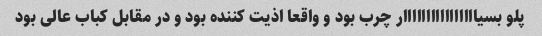
پلو بسیاااااااااااااااار چرب بود و واقعا اذیت کننده بود و در مقابل کباب عالی بود